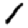
Digit: 1